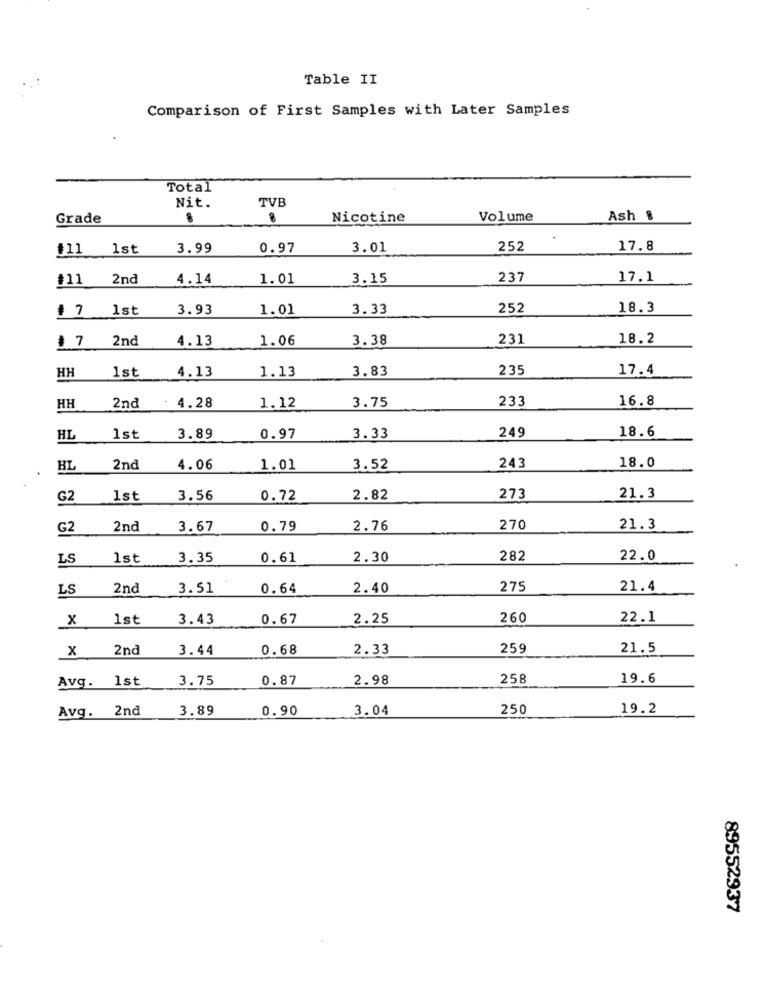
Table II
Comparison of First Samples with Later Samples
Total
Nit.
TVB
Grade
8
Nicotine
Volume
Ash &
#11 1st
3.99
0.97
3.01
252
17.8
#11 2nd
4.14
1.01
3.15
237
17.1
# 7 1st
3.93
1.01
3.33
252
18.3
# 7 2nd
4.13
1.06
3.38
231
18.2
HH
1st
4.13
1.13
3.83
235
17.4
3.75
233
16.8
HH
2nd
4.28
1.12
249
18.6
HL
1st
3.89
0.97
3.33
18.0
BL
2nd
4.06
1.01
3.52
243
G2
Ist
3.56
0.72
2.82
273
21.3
G2
2nd
3.67
0.79
2.76
270
21.3
LS
1st
3.35
0.61
2.30
282
22.0
LS
2nd
3.51
0.64
2.40
275
21.4
x
1st
3.43
0.67
2.25
260
22.1
x
2nd
3.44
0.68
2.33
259
21.5
1st
3.75
0.87
2.98
258
19.6
Avg.
Avg. 2nd
3.89
0.90
3.04
250
19.2
89552937